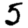
Digit: 5